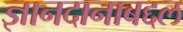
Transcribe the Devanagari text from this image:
ज्ञानदानाबद्दल